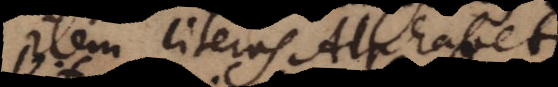
Item literas Alphabeti.